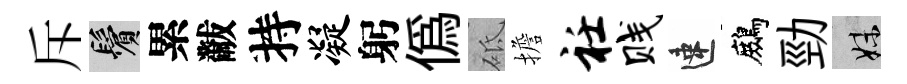
斥鬢累黻持凝躬偽砥擔衽贱速鷓勁妹